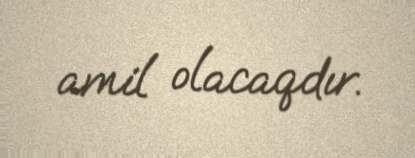
amil olacaqdır.